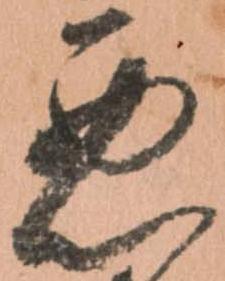
悪